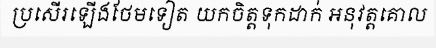
ប្រសើរឡើងថែមទៀត យកចិត្តទុកដាក់ អនុវត្តគោល